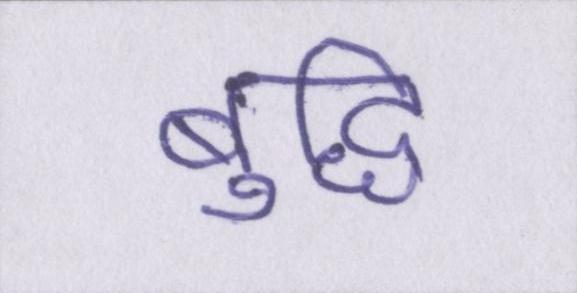
बुद्धि